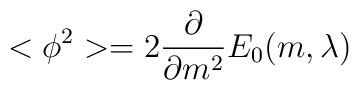
<\phi^2>=2\frac{\partial}{\partial m^2} E_0(m,\lambda)